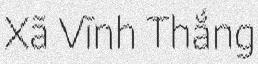
Xã Vĩnh Thắng